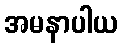
အမနာပါယ